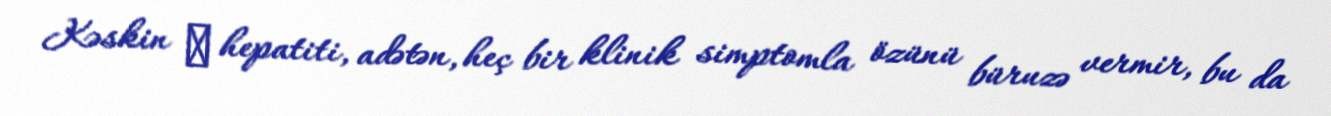
Kəskin С hepatiti, adətən, heç bir klinik simptomla özünü büruzə vermir, bu da